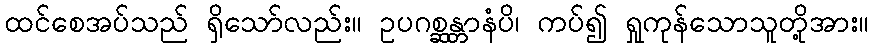
ထင်စေအပ်သည် ရှိသော်လည်း။ ဥပဂစ္ဆန္တာနံပိ၊ ကပ်၍ ရှုကုန်သောသူတို့အား။